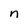
Character: n